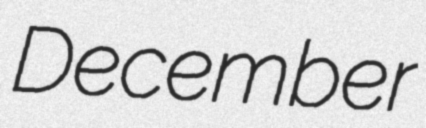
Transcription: December